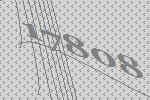
17808